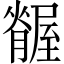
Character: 𦢢